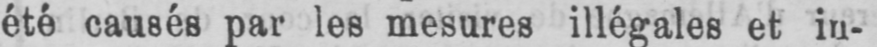
été causés par les mesures illégales et in-